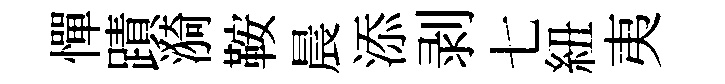
憚蹟漪鞍晨添剥七紐夷